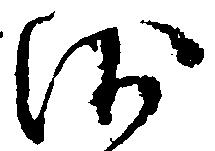
沙